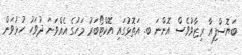
ބަޔޮސްފިއާ ރިޒާވުވެސް އޮންނަ ބ. އަތޮޅުގައި އޮކްޓޯބަރު މަހުގެ އެއްވަނަ ދުވަހު ހުޅުވަން